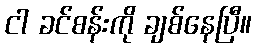
ငါ ခင်စန်းကို ချစ်နေပြီ။